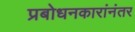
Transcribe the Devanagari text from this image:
प्रबोधनकारांनंतर